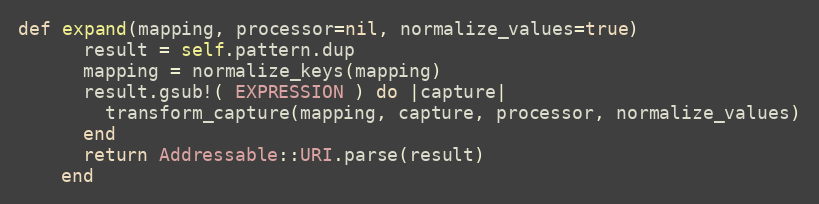
Language: Ruby
def expand(mapping, processor=nil, normalize_values=true)
      result = self.pattern.dup
      mapping = normalize_keys(mapping)
      result.gsub!( EXPRESSION ) do |capture|
        transform_capture(mapping, capture, processor, normalize_values)
      end
      return Addressable::URI.parse(result)
    end